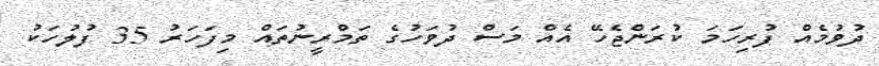
ދުވުމެއް ފުރިހަމަ ކުރަންޖެހޭ އެއް މަސް ދުވަހުގެ ތަމްރީނުތައް މިފަހަރު 35 ފުލުހަކު